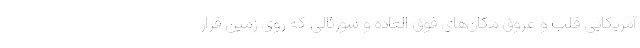
آمریکایی قلب و عروق مکان‌های فوق العاده و سورئالی که روی زمین قرار